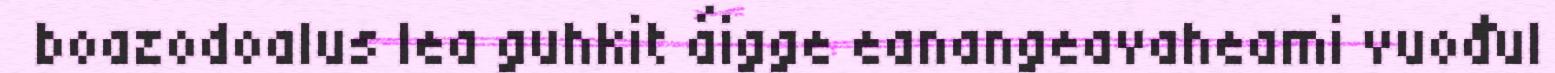
boazodoalus lea guhkit áigge eanangeavaheami vuođul